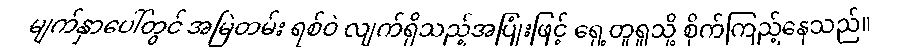
မျက်နှာပေါ်တွင် အမြဲတမ်း ရစ်ဝဲ လျက်ရှိသည့်အပြုံးဖြင့် ရှေ့တူရူသို့ စိုက်ကြည့်နေသည်။